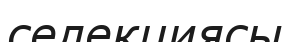
селекциясы